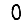
Digit: 0